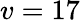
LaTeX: v=17